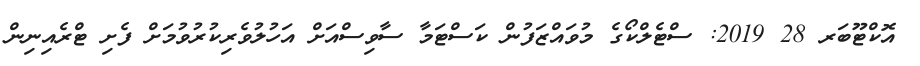
އޮކްޓޫބަރ 28 2019: ސްޓެލްކޯގެ މުވައްޒަފުން ކަސްޓަމާ ސާވިސްއަށް އަހުލުވެރިކުރުވުމަށް ފެށި ޓްރެއިނިން